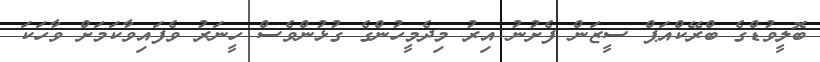
ބޮލީވުޑްގެ ބްރޭކްއަޕް ސީޒަން ފެށުނު އިރު މިދެމީހުންގެ ގުޅުންވެސް ހީނަރު ވެފައިވާކަމަށް ވާހަކަ